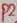
Text: P2